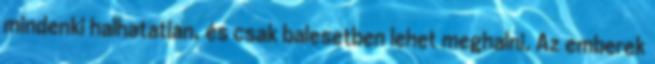
mindenki halhatatlan, és csak balesetben lehet meghalni. Az emberek